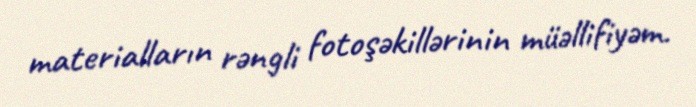
materialların rəngli fotoşəkillərinin müəllifiyəm.